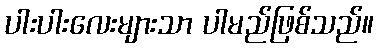
ပါးပါးလေးများသာ ပါမည်ဖြစ်သည်။